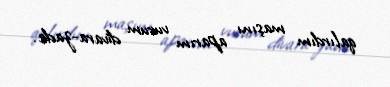
qalırdım maşını aparım vurum divara-zada.